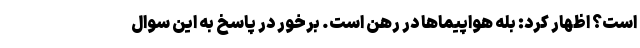
است؟ اظهار کرد: بله هواپیماها در رهن است. برخور در پاسخ به این سوال